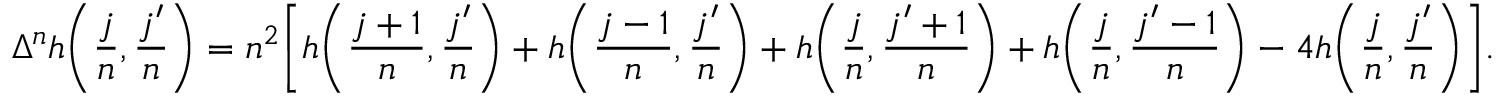
\Delta ^ { n } h \bigg ( \frac { j } { n } , \frac { j ^ { \prime } } { n } \bigg ) = n ^ { 2 } \bigg [ h \bigg ( \frac { j + 1 } { n } , \frac { j ^ { \prime } } { n } \bigg ) + h \bigg ( \frac { j - 1 } { n } , \frac { j ^ { \prime } } { n } \bigg ) + h \bigg ( \frac { j } { n } , \frac { j ^ { \prime } + 1 } { n } \bigg ) + h \bigg ( \frac { j } { n } , \frac { j ^ { \prime } - 1 } { n } \bigg ) - 4 h \bigg ( \frac { j } { n } , \frac { j ^ { \prime } } { n } \bigg ) \bigg ] .